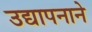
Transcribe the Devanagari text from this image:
उद्यापनाने